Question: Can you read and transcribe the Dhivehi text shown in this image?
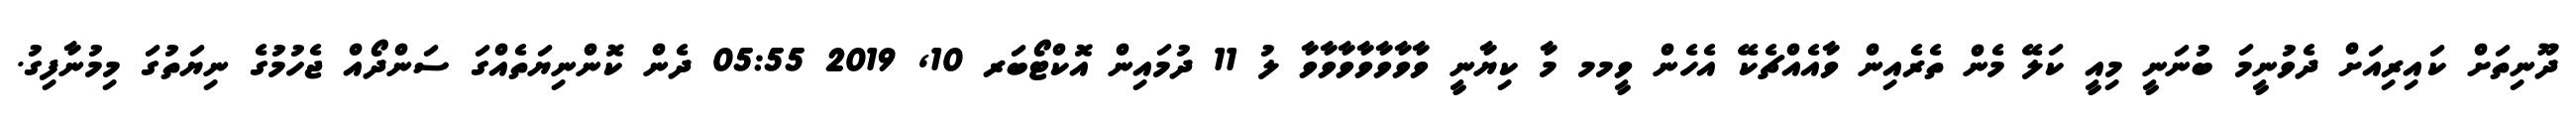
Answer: ދޫނިތަށް ކައިރިއަށް ދެވުނީމަ ބުނަނީ މިއީ ކަލޭ މެން ތެރެއިން ވާއެއްޗެކޭ އެހެން ވީމމ މާ ކިޔާނީ ވާވާވާވާވާވާވާ ލު 11 ދުމައިން އޮކްޓޯބަރ 10, 2019 05:55 ދެން ކޮންނިޔަތެއްގަ ސަންދޯއް ޖެހުމުގެ ނިޔަތުގަ މިމުނާފިގު.